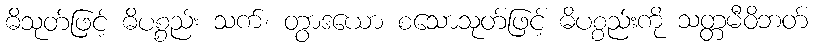
ဓိသုတ်ဖြင့် ဓိပစ္စည်း သက်၊ တွာဒယော စသောသုတ်ဖြင့် ဓိပစ္စည်းကို သတ္တမီဝိဘတ်